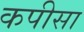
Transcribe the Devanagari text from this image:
कपीसा